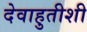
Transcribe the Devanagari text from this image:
देवाहुतीशी